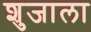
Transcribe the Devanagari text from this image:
शुजाला